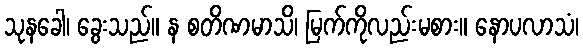
သုနခေါ၊ ခွေးသည်။ န စတိဏမာသိ၊ မြက်ကိုလည်းမစား။ နောပလာသံ၊